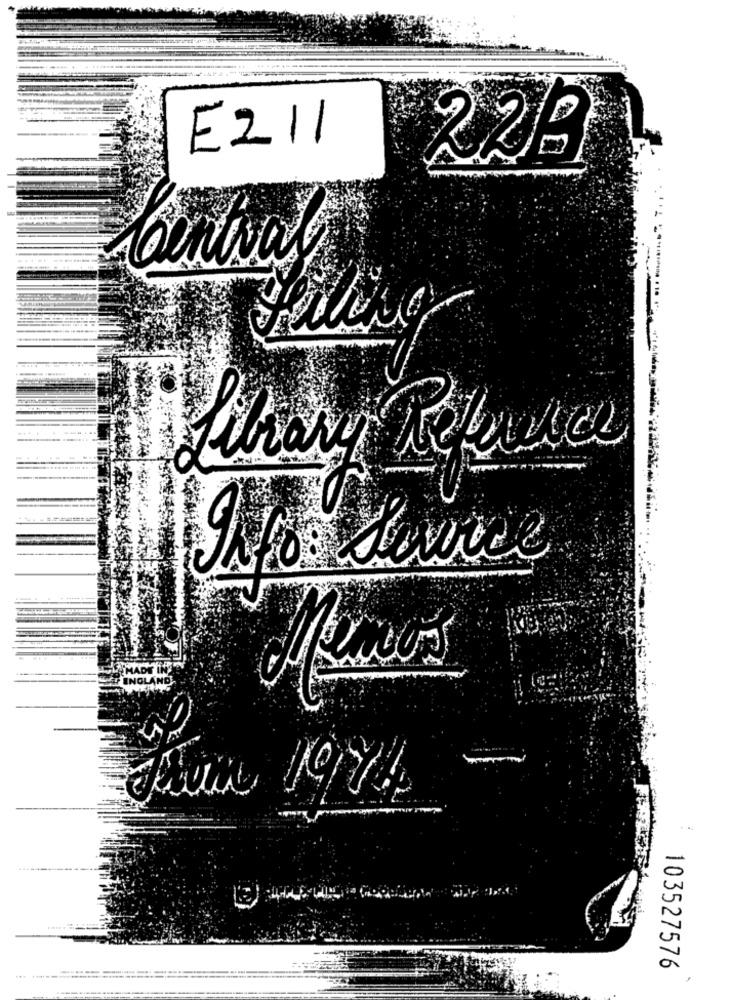
E211
229
fihary volver
Info Service
INOL
103527576